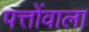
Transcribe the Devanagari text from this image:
पत्तोंवाला